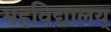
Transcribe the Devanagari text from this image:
महविद्यालय्